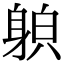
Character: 𨉍